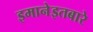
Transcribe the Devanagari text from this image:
इमानेइतबारे